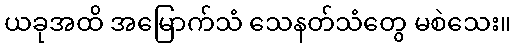
ယခုအထိ အမြောက်သံ သေနတ်သံတွေ မစဲသေး။